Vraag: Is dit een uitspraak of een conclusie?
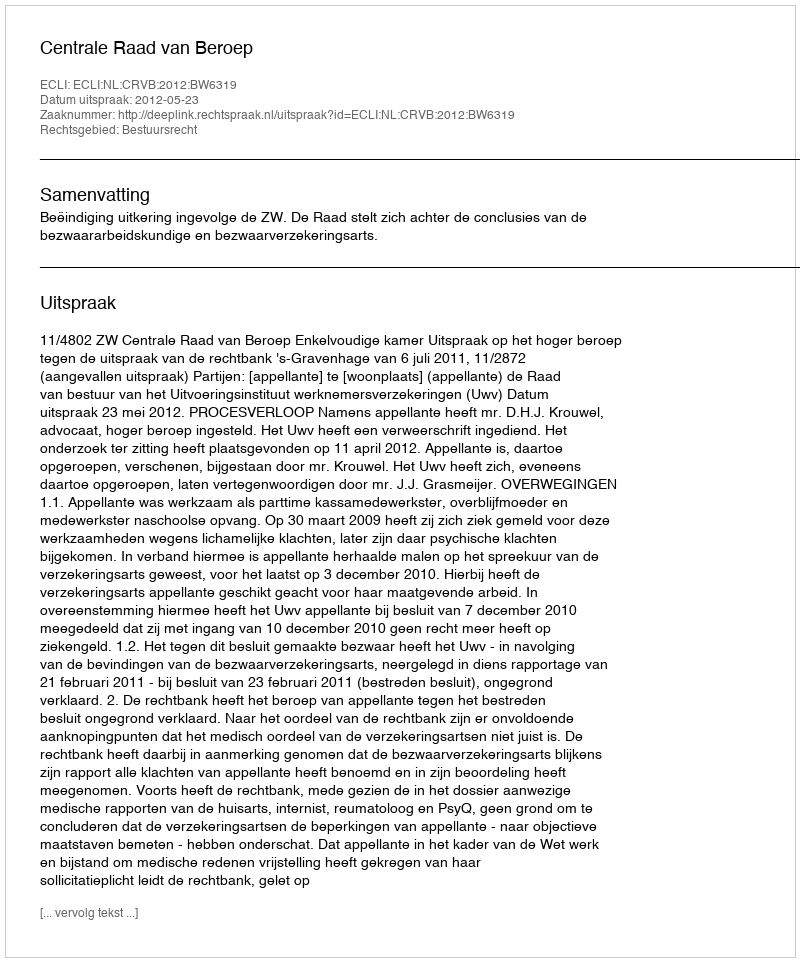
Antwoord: Uitspraak